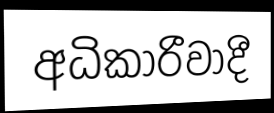
අධිකාරීවාදී